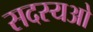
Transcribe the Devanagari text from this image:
सदस्यओ